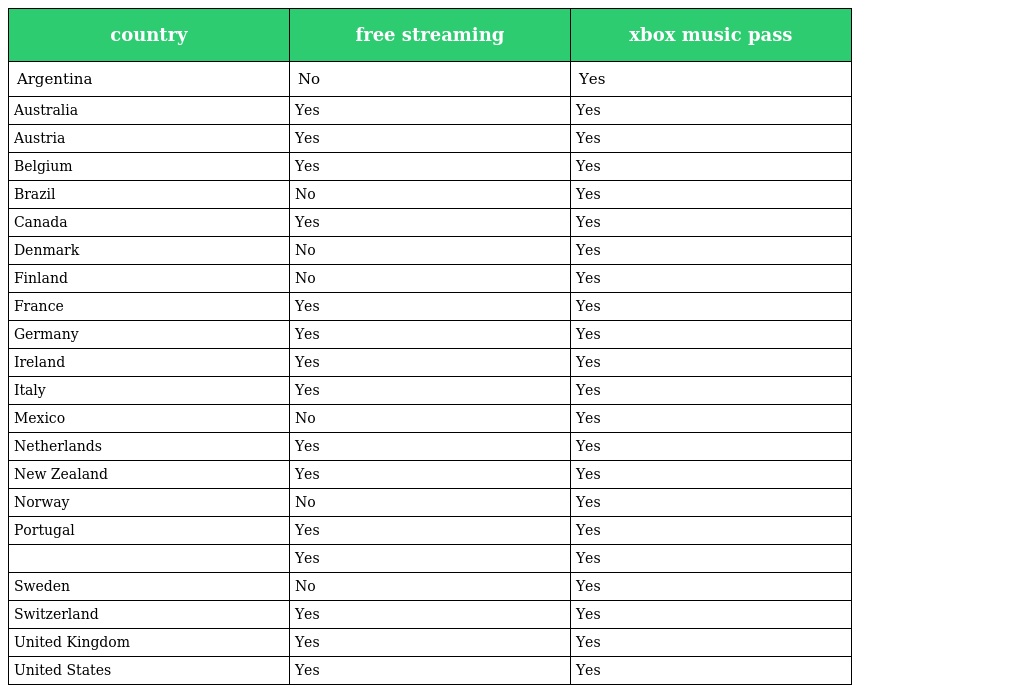
| country | free streaming | xbox music pass |
 | --- | --- | --- |
 | Argentina | No | Yes |
 | Australia | Yes | Yes |
 | Austria | Yes | Yes |
 | Belgium | Yes | Yes |
 | Brazil | No | Yes |
 | Canada | Yes | Yes |
 | Denmark | No | Yes |
 | Finland | No | Yes |
 | France | Yes | Yes |
 | Germany | Yes | Yes |
 | Ireland | Yes | Yes |
 | Italy | Yes | Yes |
 | Mexico | No | Yes |
 | Netherlands | Yes | Yes |
 | New Zealand | Yes | Yes |
 | Norway | No | Yes |
 | Portugal | Yes | Yes |
 |  | Yes | Yes |
 | Sweden | No | Yes |
 | Switzerland | Yes | Yes |
 | United Kingdom | Yes | Yes |
 | United States | Yes | Yes |